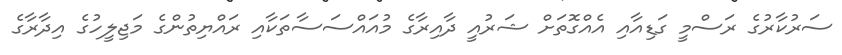
ސަރުކާރުގެ ރަސްމީ ގަޑިއާއި އެއްގޮތަށް ޝަރުއީ ދާއިރާގެ މުއައްސަސާތަކާއި ރައްޔިތުންގެ މަޖިލީހުގެ އިދާރާގެ